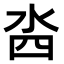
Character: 𣳉